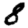
Digit: 8